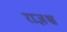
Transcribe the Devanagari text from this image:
राज्ञश्च